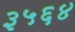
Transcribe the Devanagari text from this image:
३५६४